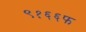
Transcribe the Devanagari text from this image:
९१६६फ